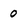
Character: 0